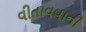
વીતાવવાની